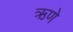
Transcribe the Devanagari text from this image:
ऋणे